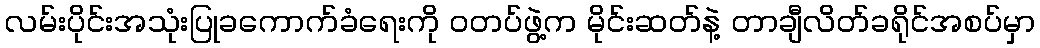
လမ်းပိုင်းအသုံးပြုခကောက်ခံရေးကို ဝတပ်ဖွဲ့က မိုင်းဆတ်နဲ့ တာချီလိတ်ခရိုင်အစပ်မှာ